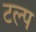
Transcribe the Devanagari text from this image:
टल्प